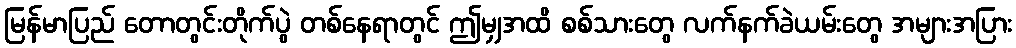
မြန်မာပြည် တောတွင်းတိုက်ပွဲ တစ်နေရာတွင် ဤမျှအထိ စစ်သားတွေ လက်နက်ခဲယမ်းတွေ အများအပြား